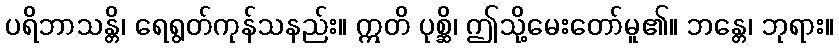
ပရိဘာသန္တိ၊ ရေရွတ်ကုန်သနည်း။ ဣတိ ပုစ္ဆိ၊ ဤသို့မေးတော်မူ၏။ ဘန္တေ၊ ဘုရား။